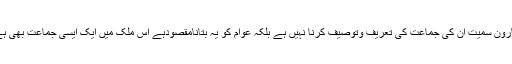
میری اس تحریر کا بنیادی مقصد سیّد مصطفی کمال ،انیس احمدقائم خانی اوررضاہارون سمیت ان کی جماعت کی تعریف وتوصیف کرنا نہیں ہے بلکہ عوام کو یہ بتانامقصودہے اس ملک میں ایک ایسی جماعت بھی ہے جس کے منشورمیں امیر اور غریب دونوں کیلئے ہی ترقی کے یکساں مواقع ہیں۔